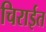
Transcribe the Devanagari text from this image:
चिराईत